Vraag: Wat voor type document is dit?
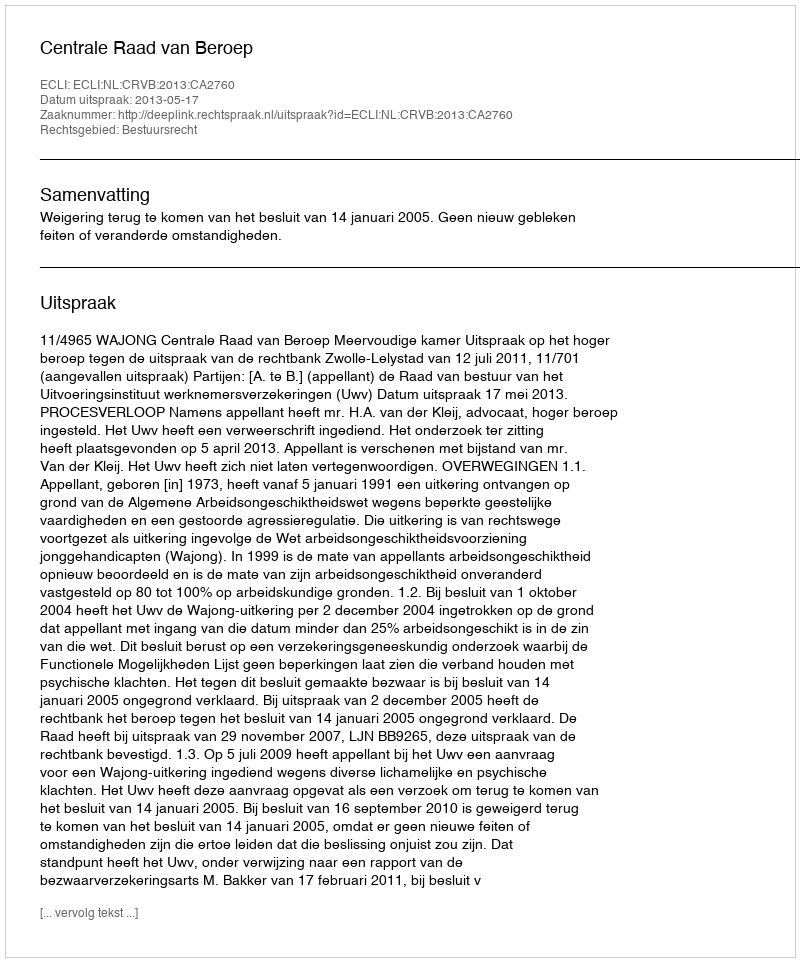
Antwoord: Uitspraak